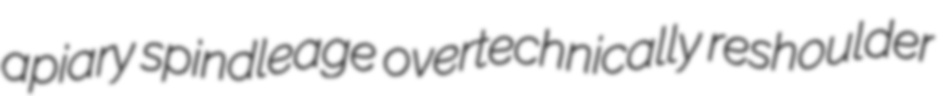
apiary spindleage overtechnically reshoulder